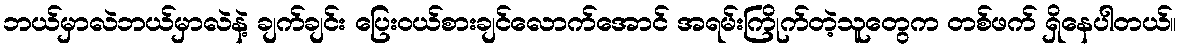
ဘယ်မှာလဲဘယ်မှာလဲနဲ့ ချက်ချင်း ပြေးဝယ်စားချင်လောက်အောင် အရမ်းကြိုက်တဲ့သူတွေက တစ်ဖက် ရှိနေပါတယ်။